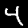
Label: 4